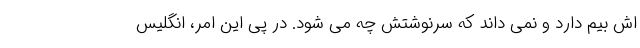
اش بیم دارد و نمی داند که سرنوشتش چه می شود. در پی این امر، انگلیس